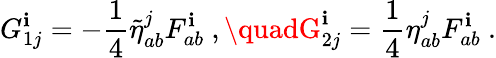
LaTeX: G_{1j}^{\mathbf{i}}=-\frac{{1}}{{4}}\tilde{{\eta}}_{ab}^{j}F_{ab}^{\mathbf{i}}\ ,\quadG_{2j}^{\mathbf{i}}=\frac{{1}}{{4}}\eta_{ab}^{j}F_{ab}^{\mathbf{i}}\ .